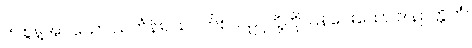
၆။ စွန့်အပ်သော သင်္ကန်း, သပိတ်စသည်တို့ကို ပြန်ပေးသော ဒါနဉတ္တိကံ၊